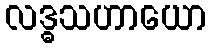
လဒ္ဓသဟာယော